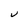
Character: U